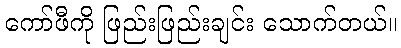
ကော်ဖီကို ဖြည်းဖြည်းချင်း သောက်တယ်။